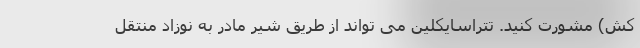
کش) مشورت کنید. تتراسایکلین می تواند از طریق شیر مادر به نوزاد منتقل